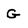
Character: G